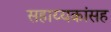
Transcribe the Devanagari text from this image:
सहाय्यकांसह